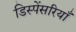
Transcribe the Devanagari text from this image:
डिस्पेंसरियाँ